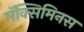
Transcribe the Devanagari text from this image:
मॅक्सिमिनस